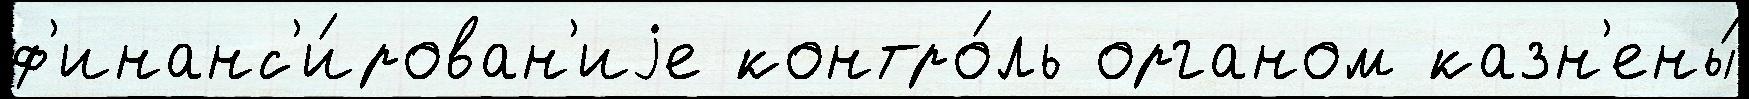
ф'инанс'и́рован'иjе контро́ль органом казн'ены́